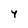
Character: y